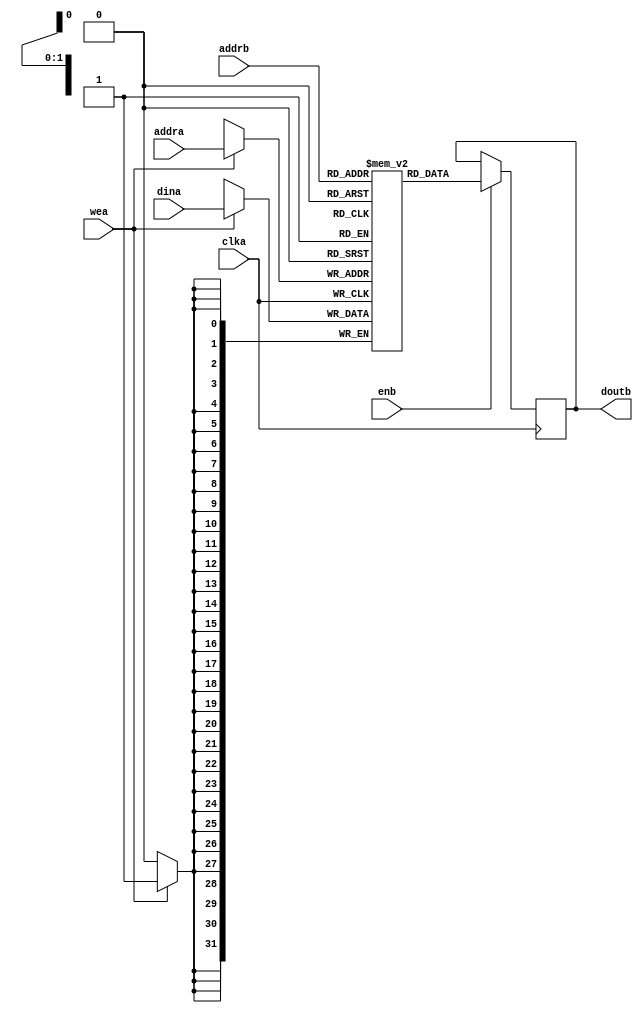
module ip_bram #(
    parameter RAM_WIDTH = 32,                  // Specify RAM data width
    parameter RAM_DEPTH = 3,                  // Specify RAM depth (number of entries)
    parameter RAM_PERFORMANCE = "LOW_LATENCY", // Select "HIGH_PERFORMANCE" or "LOW_LATENCY" 
    parameter INIT_FILE = ""                       // Specify name/location of RAM initializati
)(
    input [clogb2(RAM_DEPTH-1)-1:0] addra, // Write address bus, width determined from
    input [clogb2(RAM_DEPTH-1)-1:0] addrb, // Read address bus, width determined from
    input [RAM_WIDTH-1:0] dina,          // RAM input data
    input clka,                          // Clock
    input wea,                           // Write enable
    input enb,                           // Read Enable, for additional power
    output [RAM_WIDTH-1:0] doutb                  // RAM output data
);

  (*RAM_STYLE="block"*)reg [RAM_WIDTH-1:0] ram [RAM_DEPTH-1:0];
  reg [RAM_WIDTH-1:0] dout_reg = {RAM_WIDTH{1'b0}};

  // The following code either initializes the memory values to a specified file or to all zeros to match hardware
  generate
    if (INIT_FILE != "") begin: use_init_file
      initial
        $readmemh(INIT_FILE, ram, 0, RAM_DEPTH-1);
    end else begin: init_bram_to_zero
      integer ram_index;
      initial
        for (ram_index = 0; ram_index < RAM_DEPTH; ram_index = ram_index + 1)
          ram[ram_index] = {RAM_WIDTH{1'b0}};
    end
  endgenerate

  always @(posedge clka) begin
    if (wea)
      ram[addra] <= dina;
    if (enb)
      dout_reg <= ram[addrb];
  end

  assign doutb = dout_reg;

  function integer clogb2;
    input integer depth;
      for (clogb2=0; depth>0; clogb2=clogb2+1)
        depth = depth >> 1;
  endfunction
						
endmodule